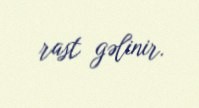
rast gəlinir.